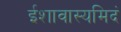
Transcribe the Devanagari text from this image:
ईशावास्यमिदं